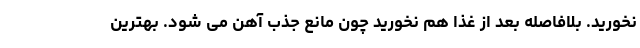
نخورید. بلافاصله بعد از غذا هم نخورید چون مانع جذب آهن می شود. بهترین